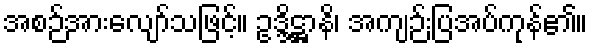
အစဉ်အားလျော်သဖြင့်။ ဥဒ္ဒိဋ္ဌာနိ၊ အကျဉ်းပြအပ်ကုန်၏။